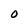
Character: O